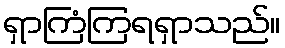
ရှာကြံကြရရှာသည်။